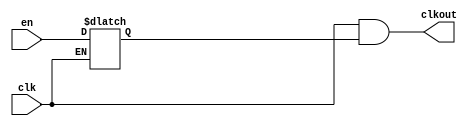
// SPDX-License-Identifier: Apache-2.0
// Copyright (C) 2019 Intel Corporation. 
module aibndpnr_dll_atech_clkgate_cgc00
(
    input    wire   clk,
    input    wire   en,
    output   wire   clkout
);

reg     o;

always @ (en, clk)
    begin
       if (~clk)
          begin
             o <=en;
          end
    end 

assign clkout = clk & o;



endmodule